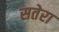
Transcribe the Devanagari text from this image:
सतेरा